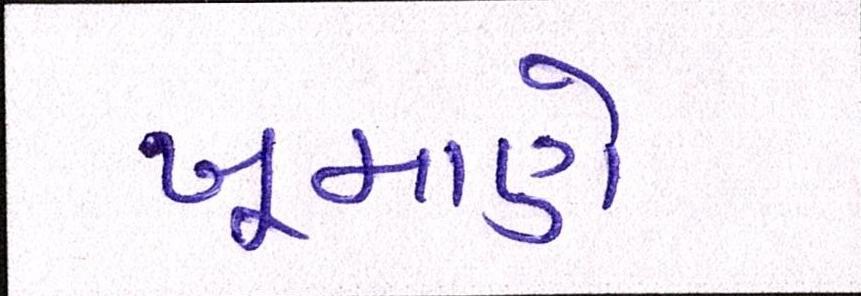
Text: ખૂમાણે